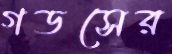
গডসের